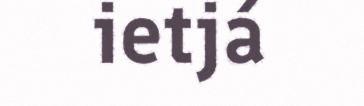
ietjá